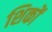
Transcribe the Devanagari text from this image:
शिकों